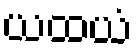
ယထယံ